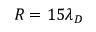
R = 1 5 \lambda _ { D }